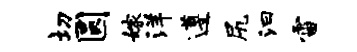
切圆嫁洋遵尻汩雷